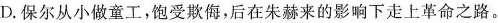
D.保尔从小做童工，饱受欺侮，后在朱赫来的影响下走上革命之路。